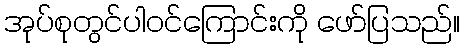
အုပ်စုတွင်ပါဝင်ကြောင်းကို ဖော်ပြသည်။